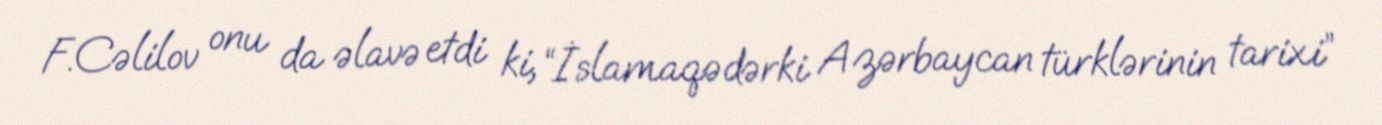
F.Cəlilov onu da əlavə etdi ki, “İslamaqədərki Azərbaycan türklərinin tarixi”